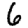
Digit: 6